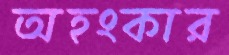
অহংকার